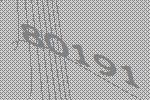
80191